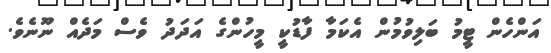
އަންހެން ޓީމު ބަލިވުމުން އެކަމާ ފާޑުކީ މީހުންގެ އަދަދު ވެސް މަދެއް ނޫނެވެ.